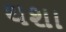
થશા